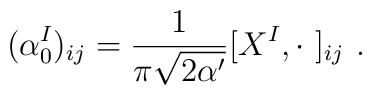
(\alpha_0^I)_{ij}=\frac{1}{\pi\sqrt{2\alpha'}}[X^I,\cdot \  ]_{ij} \ .